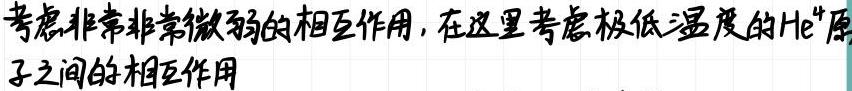
考虑非常非常微弱的相互作用，在这里考虑极低温度的$\mathrm{He}^4$原子之间的相互作用